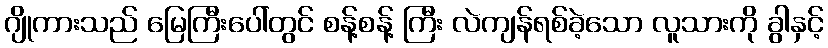
ဂျိုကားသည် မြေကြီးပေါ်တွင် စန့်စန့် ကြီး လဲကျန်ရစ်ခဲ့သော လူသားကို ခွါနှင့်